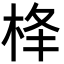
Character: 𪲋